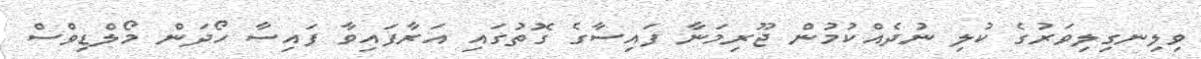
ވިލިނގިލިވަރުގެ ކުލި ނުދެއްކުމުން ޖޫރިމަނާ ފައިސާގެ ގޮތުގައި އަރާފައިވާ ފައިސާ ހޯދަން މޯލްޑިވްސް